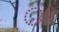
ાા